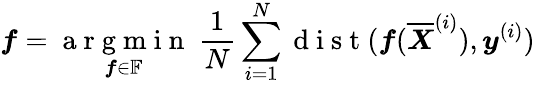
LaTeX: \boldsymbol f=\underset{\boldsymbol f\in\mathbb{F}}{\mathrm{~a~r~g~m~i~n~}}~\frac{1}{N}\sum_{i=1}^{N}\mathrm{~d~i~s~t~}(\boldsymbol f(\overline{{\boldsymbol X}}^{(i)}),\boldsymbol y^{(i)})